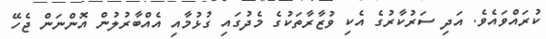
ކުރައްވައެވެ. އަދި ސަރުކާރުގެ އެކި ވުޒާރާތަކުގެ މެދުގައި ގުޅުމާއި އެއްބާރުލުން އޮންނަން ޖެހޭ